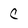
Character: C